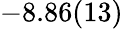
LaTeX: -8.86(13)